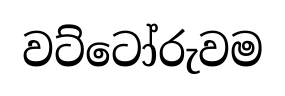
වට්ටෝරුවම